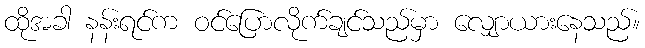
ထိုအခါ နန်းရင်က ဝင်ပြောလိုက်ချင်သည်မှာ လျှောယားနေသည်။